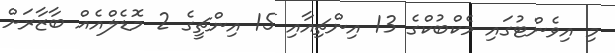
މި އިވެންޓުގައި މެކްބުކްގެ 13 އިންޗިއާއި 15 އިންޗީގެ 2 މޮޑެލްއެއް ބާޒާރަށް